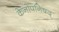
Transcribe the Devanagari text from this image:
केनोपनिषद्